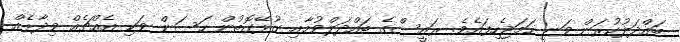
ބައްދަލުކުރަން ވަނީ ހަމަޖެހިފައެވެ. ރަައީސްގެ ބައްދަލްވުމާއި ގުޅޭގޮތުން ހަސަން ވަކި އެއްޗެއް ވިދާޅެއް